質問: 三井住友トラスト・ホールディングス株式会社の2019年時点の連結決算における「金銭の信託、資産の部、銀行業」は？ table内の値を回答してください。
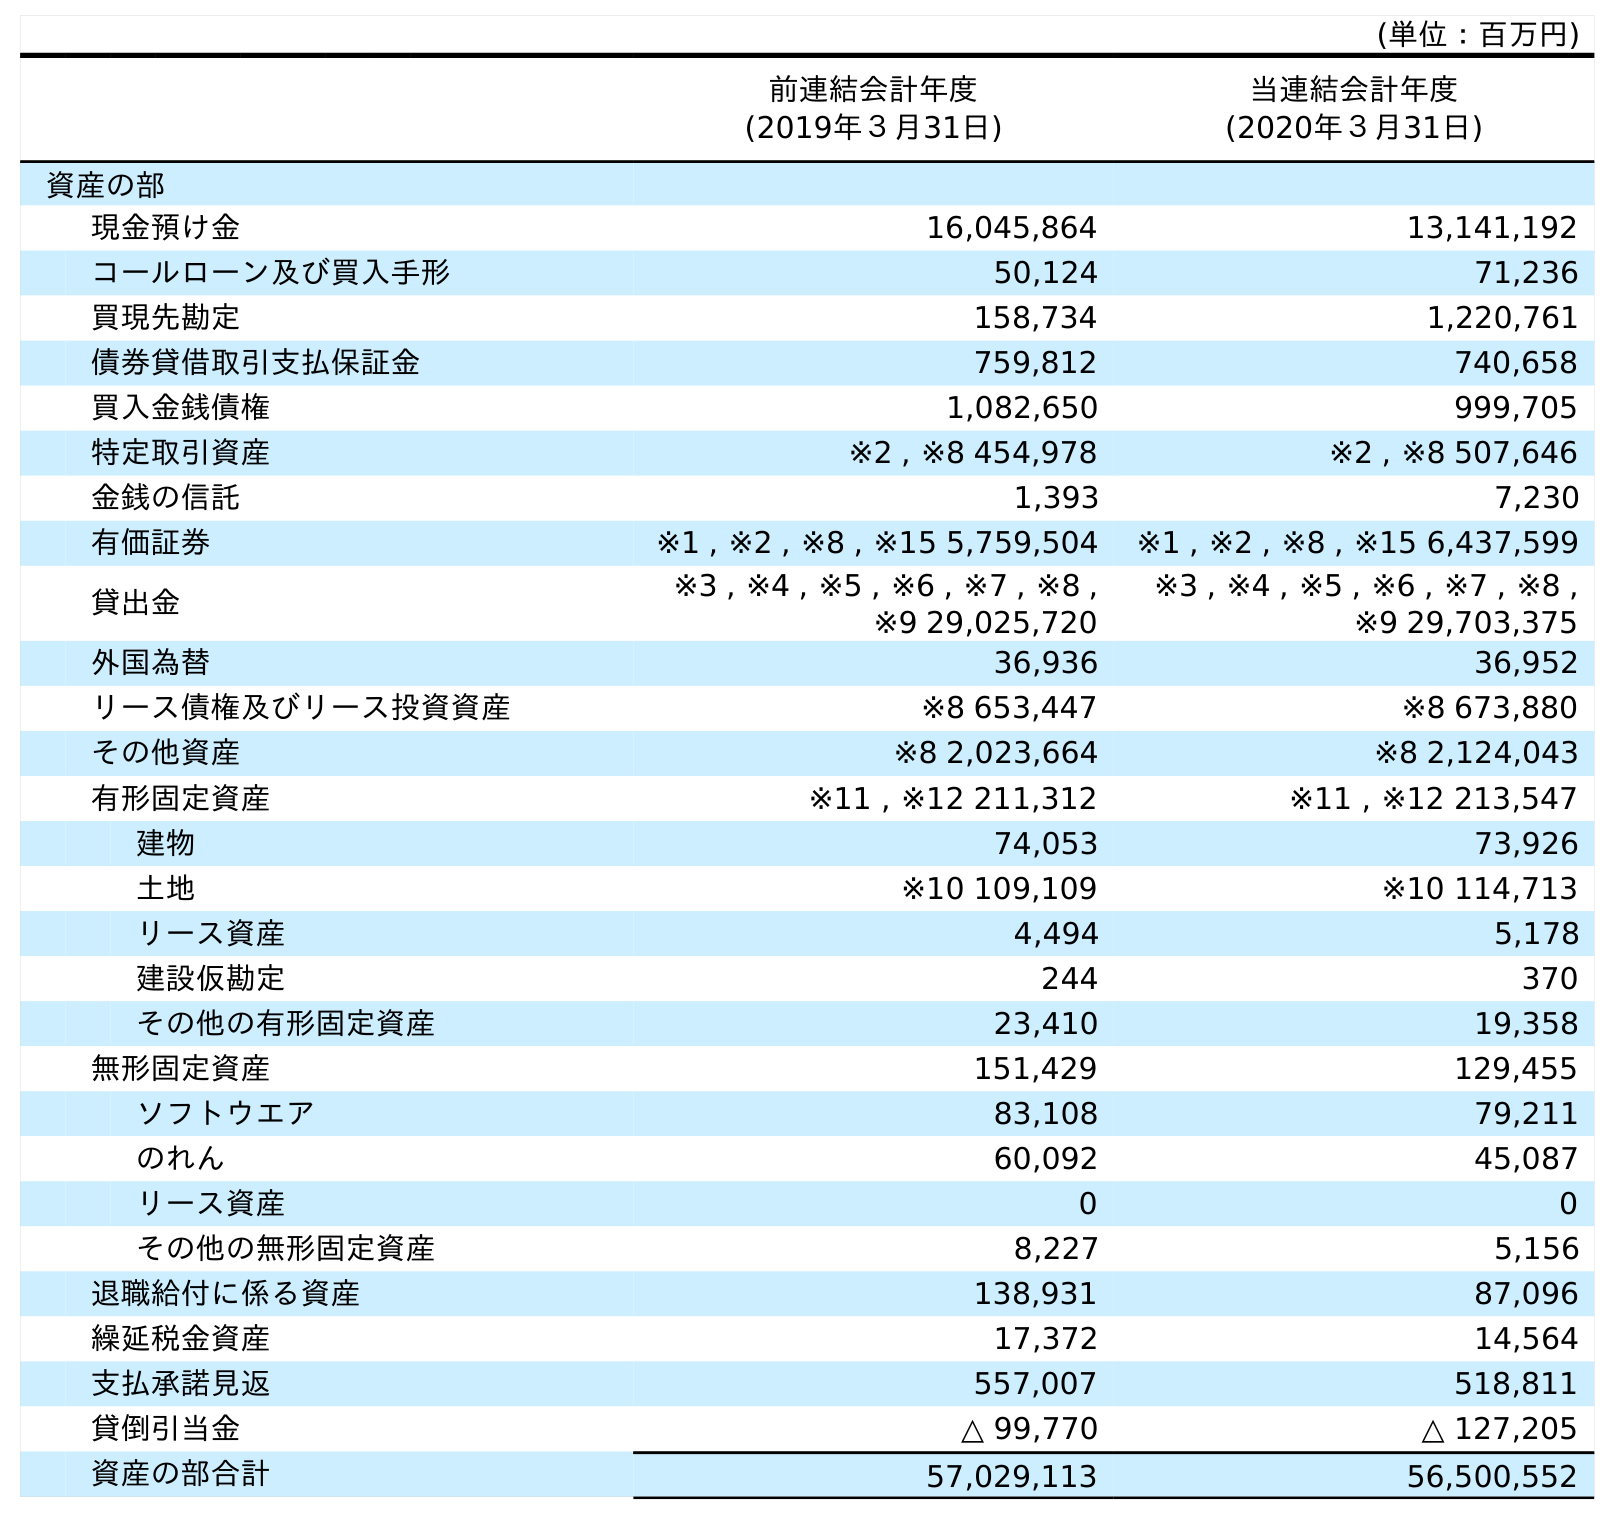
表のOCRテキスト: (単位：百万円) 前連結会計年度 (2019年３月31日) 当連結会計年度 (2020年３月31日) 資産の部 現金預け金 16,045,864 13,141,192 コールローン及び買入手形 50,124 71,236 買現先勘定 158,734 1,220,761 債券貸借取引支払保証金 759,812 740,658 買入金銭債権 1,082,650 999,705 特定取引資産 ※2 , ※8 454,978 ※2 , ※8 507,646 金銭の信託 1,393 7,230 有価証券 ※1 , ※2 , ※8 , ※15 5,759,504 ※1 , ※2 , ※8 , ※15 6,437,599 貸出金 ※3 , ※4 , ※5 , ※6 , ※7 , ※8 , ※9 29,025,720 ※3 , ※4 , ※5 , ※6 , ※7 , ※8 , ※9 29,703,375 外国為替 36,936 36,952 リース債権及びリース投資資産 ※8 653,447 ※8 673,880 その他資産 ※8 2,023,664 ※8 2,124,043 有形固定資産 ※11 , ※12 211,312 ※11 , ※12 213,547 建物 74,053 73,926 土地 ※10 109,109 ※10 114,713 リース資産 4,494 5,178 建設仮勘定 244 370 その他の有形固定資産 23,410 19,358 無形固定資産 151,429 129,455 ソフトウエア 83,108 79,211 のれん 60,092 45,087 リース資産 0 0 その他の無形固定資産 8,227 5,156 退職給付に係る資産 138,931 87,096 繰延税金資産 17,372 14,564 支払承諾見返 557,007 518,811 貸倒引当金 △ 99,770 △ 127,205 資産の部合計 57,029,113 56,500,552
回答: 1,393